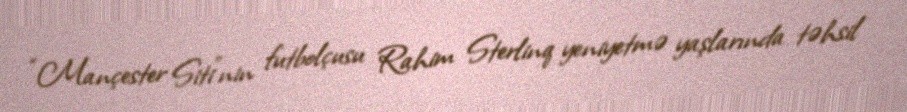
“Mançester Siti”nin futbolçusu Rahim Sterlinq yeniyetmə yaşlarında təhsil